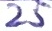
Text: 25